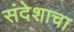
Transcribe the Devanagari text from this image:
संदेशाचा